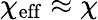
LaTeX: \chi_{\mathrm{eff}}\approx\chi